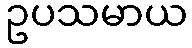
ဥပသမာယ